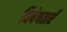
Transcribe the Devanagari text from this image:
विषेषताएँ